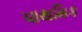
પાથમિક